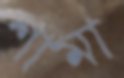
শামা